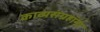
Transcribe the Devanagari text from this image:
काव्यसंग्रहांना